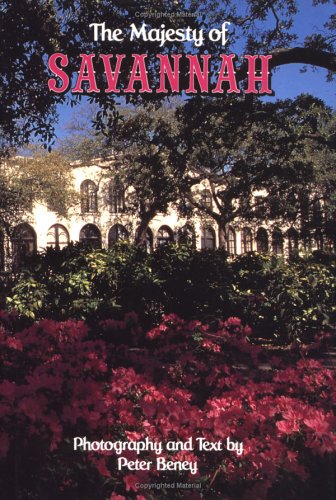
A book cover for The Majesty Of Savannah; Peter Beney; Travel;